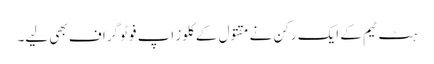
ہٹ ٹیم کے ایک رکن نے مقتول کے کلوز اپ فوٹو گراف بھی لیے۔